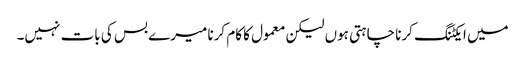
میں ایکٹنگ کرنا چاہتی ہوں لیکن معمول کا کام کرنا میرے بس کی بات نہیں۔